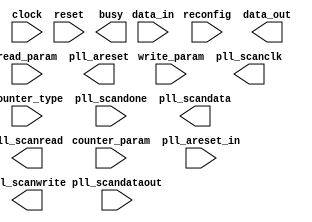
// megafunction wizard: %ALTPLL_RECONFIG%VBB%
// GENERATION: STANDARD
// VERSION: WM1.0
// MODULE: altpll_reconfig 

// ============================================================
// Megafunction Name(s):
// 			altpll_reconfig
//
// Simulation Library Files(s):
// 			
// ============================================================
// ************************************************************
// THIS IS A WIZARD-GENERATED FILE. DO NOT EDIT THIS FILE!
//
// 13.0.1 Build 232 06/12/2013 SP 1 SJ Full Version
// ************************************************************

//Copyright (C) 1991-2013 Altera Corporation
//Your use of Altera Corporation's design tools, logic functions 
//and other software and tools, and its AMPP partner logic 
//functions, and any output files from any of the foregoing 
//(including device programming or simulation files), and any 
//associated documentation or information are expressly subject 
//to the terms and conditions of the Altera Program License 
//Subscription Agreement, Altera MegaCore Function License 
//Agreement, or other applicable license agreement, including, 
//without limitation, that your use is for the sole purpose of 
//programming logic devices manufactured by Altera and sold by 
//Altera or its authorized distributors.  Please refer to the 
//applicable agreement for further details.

module Ddr2SdramIf_phy_alt_mem_phy_reconfig (
	clock,
	counter_param,
	counter_type,
	data_in,
	pll_areset_in,
	pll_scandataout,
	pll_scandone,
	read_param,
	reconfig,
	reset,
	write_param,
	busy,
	data_out,
	pll_areset,
	pll_scanclk,
	pll_scandata,
	pll_scanread,
	pll_scanwrite)/* synthesis synthesis_clearbox = 1 */;

	input	  clock;
	input	[2:0]  counter_param;
	input	[3:0]  counter_type;
	input	[8:0]  data_in;
	input	  pll_areset_in;
	input	  pll_scandataout;
	input	  pll_scandone;
	input	  read_param;
	input	  reconfig;
	input	  reset;
	input	  write_param;
	output	  busy;
	output	[8:0]  data_out;
	output	  pll_areset;
	output	  pll_scanclk;
	output	  pll_scandata;
	output	  pll_scanread;
	output	  pll_scanwrite;
`ifndef ALTERA_RESERVED_QIS
// synopsys translate_off
`endif
	tri0	  pll_areset_in;
`ifndef ALTERA_RESERVED_QIS
// synopsys translate_on
`endif

endmodule

// ============================================================
// CNX file retrieval info
// ============================================================
// Retrieval info: PRIVATE: CHAIN_TYPE NUMERIC "0"
// Retrieval info: PRIVATE: INIT_FILE_NAME STRING "Ddr2SdramIf_phy_alt_mem_phy_pll.mif"
// Retrieval info: PRIVATE: INTENDED_DEVICE_FAMILY STRING "Arria GX"
// Retrieval info: PRIVATE: SYNTH_WRAPPER_GEN_POSTFIX STRING "0"
// Retrieval info: PRIVATE: USE_INIT_FILE STRING "1"
// Retrieval info: CONSTANT: INIT_FROM_ROM STRING "YES"
// Retrieval info: CONSTANT: INTENDED_DEVICE_FAMILY STRING "Arria GX"
// Retrieval info: CONSTANT: PLL_TYPE STRING "ENHANCED"
// Retrieval info: CONSTANT: SCAN_INIT_FILE STRING "Ddr2SdramIf_phy_alt_mem_phy_pll.mif"
// Retrieval info: USED_PORT: busy 0 0 0 0 OUTPUT NODEFVAL "busy"
// Retrieval info: USED_PORT: clock 0 0 0 0 INPUT NODEFVAL "clock"
// Retrieval info: USED_PORT: counter_param 0 0 3 0 INPUT NODEFVAL "counter_param[2..0]"
// Retrieval info: USED_PORT: counter_type 0 0 4 0 INPUT NODEFVAL "counter_type[3..0]"
// Retrieval info: USED_PORT: data_in 0 0 9 0 INPUT NODEFVAL "data_in[8..0]"
// Retrieval info: USED_PORT: data_out 0 0 9 0 OUTPUT NODEFVAL "data_out[8..0]"
// Retrieval info: USED_PORT: pll_areset 0 0 0 0 OUTPUT NODEFVAL "pll_areset"
// Retrieval info: USED_PORT: pll_areset_in 0 0 0 0 INPUT GND "pll_areset_in"
// Retrieval info: USED_PORT: pll_scanclk 0 0 0 0 OUTPUT NODEFVAL "pll_scanclk"
// Retrieval info: USED_PORT: pll_scandata 0 0 0 0 OUTPUT NODEFVAL "pll_scandata"
// Retrieval info: USED_PORT: pll_scandataout 0 0 0 0 INPUT NODEFVAL "pll_scandataout"
// Retrieval info: USED_PORT: pll_scandone 0 0 0 0 INPUT NODEFVAL "pll_scandone"
// Retrieval info: USED_PORT: pll_scanread 0 0 0 0 OUTPUT NODEFVAL "pll_scanread"
// Retrieval info: USED_PORT: pll_scanwrite 0 0 0 0 OUTPUT NODEFVAL "pll_scanwrite"
// Retrieval info: USED_PORT: read_param 0 0 0 0 INPUT NODEFVAL "read_param"
// Retrieval info: USED_PORT: reconfig 0 0 0 0 INPUT NODEFVAL "reconfig"
// Retrieval info: USED_PORT: reset 0 0 0 0 INPUT NODEFVAL "reset"
// Retrieval info: USED_PORT: write_param 0 0 0 0 INPUT NODEFVAL "write_param"
// Retrieval info: CONNECT: @clock 0 0 0 0 clock 0 0 0 0
// Retrieval info: CONNECT: @counter_param 0 0 3 0 counter_param 0 0 3 0
// Retrieval info: CONNECT: @counter_type 0 0 4 0 counter_type 0 0 4 0
// Retrieval info: CONNECT: @data_in 0 0 9 0 data_in 0 0 9 0
// Retrieval info: CONNECT: @pll_areset_in 0 0 0 0 pll_areset_in 0 0 0 0
// Retrieval info: CONNECT: @pll_scandataout 0 0 0 0 pll_scandataout 0 0 0 0
// Retrieval info: CONNECT: @pll_scandone 0 0 0 0 pll_scandone 0 0 0 0
// Retrieval info: CONNECT: @read_param 0 0 0 0 read_param 0 0 0 0
// Retrieval info: CONNECT: @reconfig 0 0 0 0 reconfig 0 0 0 0
// Retrieval info: CONNECT: @reset 0 0 0 0 reset 0 0 0 0
// Retrieval info: CONNECT: @write_param 0 0 0 0 write_param 0 0 0 0
// Retrieval info: CONNECT: busy 0 0 0 0 @busy 0 0 0 0
// Retrieval info: CONNECT: data_out 0 0 9 0 @data_out 0 0 9 0
// Retrieval info: CONNECT: pll_areset 0 0 0 0 @pll_areset 0 0 0 0
// Retrieval info: CONNECT: pll_scanclk 0 0 0 0 @pll_scanclk 0 0 0 0
// Retrieval info: CONNECT: pll_scandata 0 0 0 0 @pll_scandata 0 0 0 0
// Retrieval info: CONNECT: pll_scanread 0 0 0 0 @pll_scanread 0 0 0 0
// Retrieval info: CONNECT: pll_scanwrite 0 0 0 0 @pll_scanwrite 0 0 0 0
// Retrieval info: GEN_FILE: TYPE_NORMAL alt_mem_phy_reconfig.v TRUE
// Retrieval info: GEN_FILE: TYPE_NORMAL alt_mem_phy_reconfig.inc TRUE
// Retrieval info: GEN_FILE: TYPE_NORMAL alt_mem_phy_reconfig.cmp TRUE
// Retrieval info: GEN_FILE: TYPE_NORMAL alt_mem_phy_reconfig.bsf TRUE
// Retrieval info: GEN_FILE: TYPE_NORMAL alt_mem_phy_reconfig_inst.v TRUE
// Retrieval info: GEN_FILE: TYPE_NORMAL alt_mem_phy_reconfig_bb.v TRUE
// Retrieval info: GEN_FILE: TYPE_NORMAL Ddr2SdramIf_phy_alt_mem_phy_reconfig.v TRUE
// Retrieval info: GEN_FILE: TYPE_NORMAL Ddr2SdramIf_phy_alt_mem_phy_reconfig.inc FALSE
// Retrieval info: GEN_FILE: TYPE_NORMAL Ddr2SdramIf_phy_alt_mem_phy_reconfig.cmp FALSE
// Retrieval info: GEN_FILE: TYPE_NORMAL Ddr2SdramIf_phy_alt_mem_phy_reconfig.bsf FALSE
// Retrieval info: GEN_FILE: TYPE_NORMAL Ddr2SdramIf_phy_alt_mem_phy_reconfig_inst.v FALSE
// Retrieval info: GEN_FILE: TYPE_NORMAL Ddr2SdramIf_phy_alt_mem_phy_reconfig_bb.v TRUE